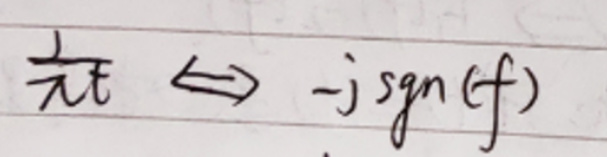
\frac{1}{\pi t} \Longleftrightarrow - \mathrm{j} \mathrm{sgn}(f)